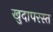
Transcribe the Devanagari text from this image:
खुदापरस्त